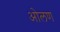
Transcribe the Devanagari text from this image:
ओलण